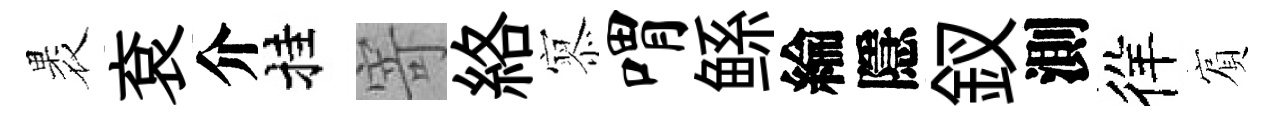
褁袞介挂寄絡𡪹喟鲧綸隱釵測徉賔